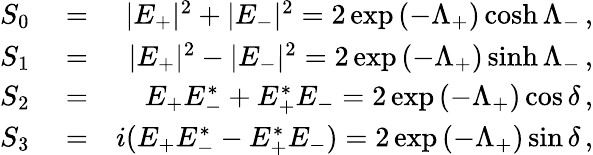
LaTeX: \begin{array}{rlr}{S_{0}}&{{}=}&{|E_{+}|^{2}+|E_{-}|^{2}=2\exp\left(-\Lambda_{+}\right)\cosh\Lambda_{-}\, ,}\\ {S_{1}}&{{}=}&{|E_{+}|^{2}-|E_{-}|^{2}=2\exp\left(-\Lambda_{+}\right)\sinh\Lambda_{-}\, ,}\\ {S_{2}}&{{}=}&{E_{+}E_{-}^{*}+E_{+}^{*}E_{-}=2\exp\left(-\Lambda_{+}\right)\cos\delta\, ,}\\ {S_{3}}&{{}=}&{i(E_{+}E_{-}^{*}-E_{+}^{*}E_{-})=2\exp\left(-\Lambda_{+}\right)\sin\delta\, ,}\end{array}